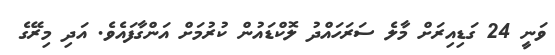
ވަނީ 24 ގަޑިއިރަށް މާލެ ސަރަހައްދު ލޮކްޑައުން ކުރުމަށް އަންގާފައެވެ. އަދި މިރޭގެ